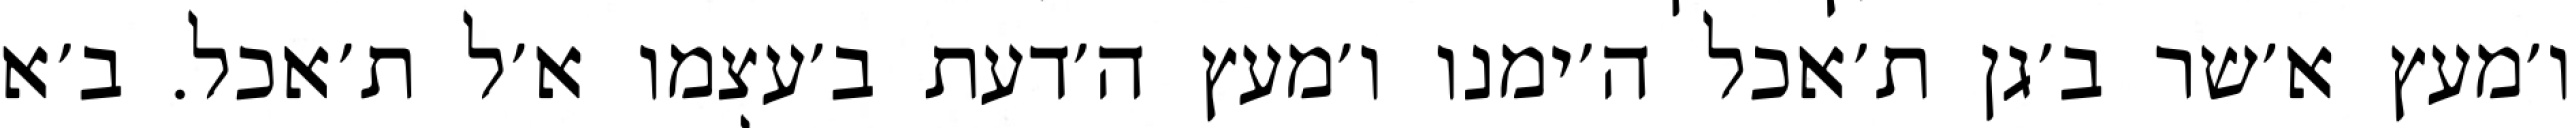
ו׳מעץ א׳שר ב׳גן ת׳אכל ה׳ימנו ו׳מעץ ה׳דעת ב׳עצמו א׳ל ת׳אכל. ב׳א